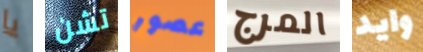
يا تشن عصور المرج وايد